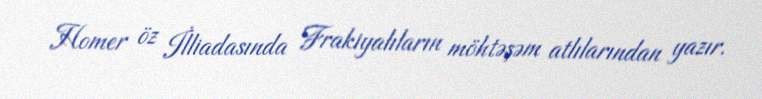
Homer öz İlliadasında Frakiyalıların möhtəşəm atlılarından yazır.